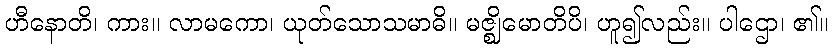
ဟီနောတိ၊ ကား။ လာမကော၊ ယုတ်သောသမာဓိ။ မဇ္ဈိမောတိပိ၊ ဟူ၍လည်း။ ပါဌော၊ ၏။